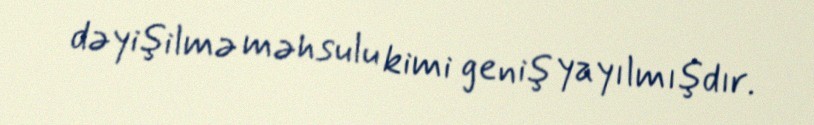
dəyişilmə məhsulu kimi geniş yayılmışdır.